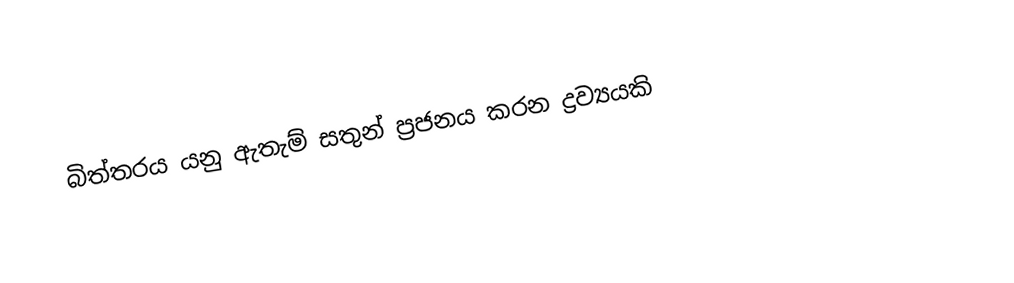
බිත්තරය යනු ඇතැම් සතුන් ප්‍රජනය කරන ද්‍රව්‍යයකි